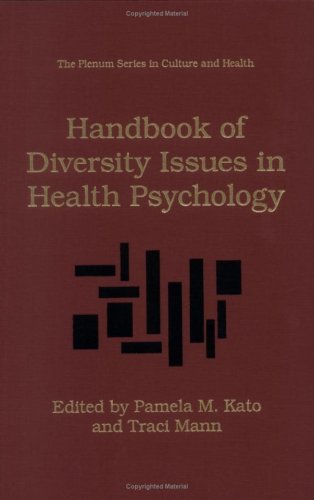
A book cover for Handbook of Diversity Issues in Health Psychology (The Plenum Series in Culture and Health); Medical Books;